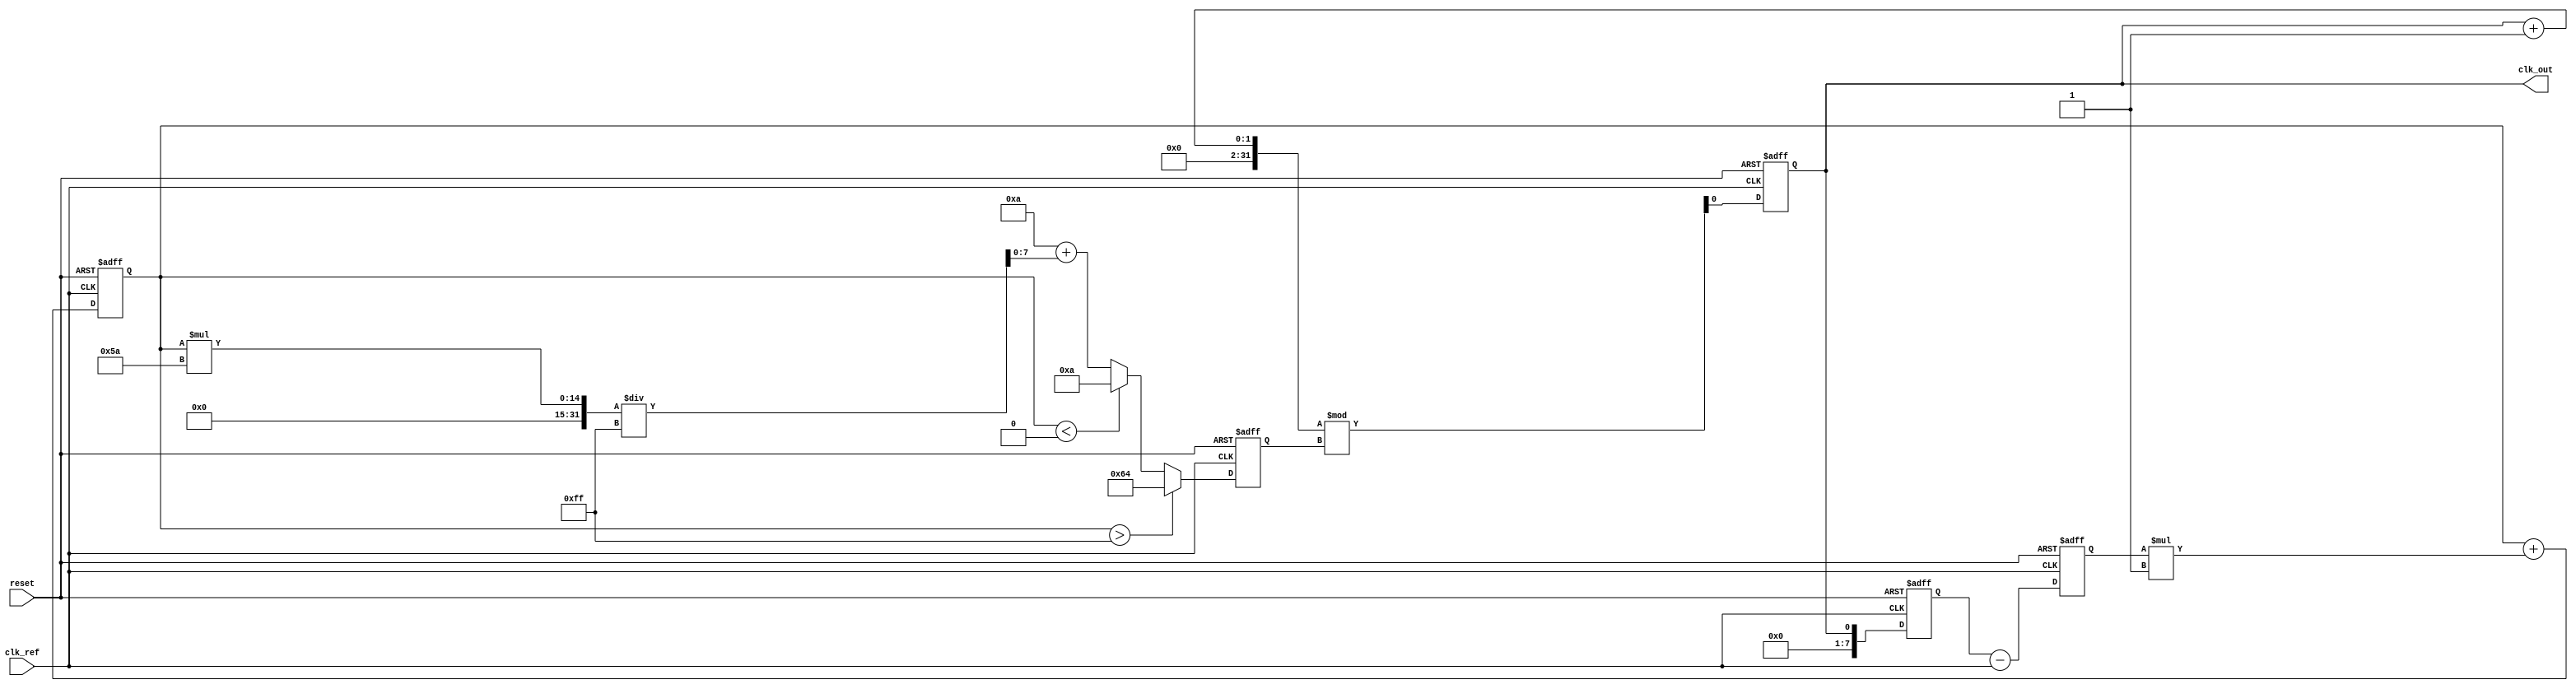
module continuous_time_PLL (
    input wire clk_ref,          // Reference clock input
    input wire reset,            // Reset signal
    output reg clk_out           // Output clock
);

// Parameters for the PLL
parameter VCO_MAX_FREQ = 100; // Maximum frequency of VCO
parameter VCO_MIN_FREQ = 10;   // Minimum frequency of VCO
parameter LOOP_FILTER_GAIN = 1; // Gain for loop filter

// Internal signals
reg [7:0] phase_error;          // Phase error signal
reg [7:0] control_voltage;      // Control voltage for VCO
reg [7:0] vco_frequency;        // Current frequency of VCO
reg [7:0] feedback_signal;      // Feedback signal from VCO

// Phase Detector (PD)
always @(posedge clk_ref or posedge reset) begin
    if (reset) begin
        phase_error <= 0;
    end else begin
        // Simple phase error calculation (for demonstration)
        // In practice, this would involve more complex logic
        phase_error <= feedback_signal - clk_ref; // Example phase error calculation
    end
end

// Loop Filter
always @(posedge clk_ref or posedge reset) begin
    if (reset) begin
        control_voltage <= 0;
    end else begin
        // Simple first-order loop filter (for demonstration)
        control_voltage <= control_voltage + (phase_error * LOOP_FILTER_GAIN);
    end
end

// Voltage-Controlled Oscillator (VCO)
always @(posedge clk_ref or posedge reset) begin
    if (reset) begin
        vco_frequency <= VCO_MIN_FREQ;
        clk_out <= 0;
    end else begin
        // Adjust VCO frequency based on control voltage
        if (control_voltage > 255) begin
            vco_frequency <= VCO_MAX_FREQ;
        end else if (control_voltage < 0) begin
            vco_frequency <= VCO_MIN_FREQ;
        end else begin
            vco_frequency <= VCO_MIN_FREQ + (control_voltage * (VCO_MAX_FREQ - VCO_MIN_FREQ) / 255);
        end
        
        // Generate output clock based on VCO frequency
        clk_out <= (clk_out + 1) % vco_frequency; // Simple frequency divider for output clock
    end
end

// Feedback Mechanism
always @(posedge clk_ref or posedge reset) begin
    if (reset) begin
        feedback_signal <= 0;
    end else begin
        feedback_signal <= clk_out; // Feedback the output clock to the phase detector
    end
end

endmodule